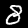
Digit: 8